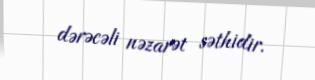
dərəcəli nəzarət səthidir.